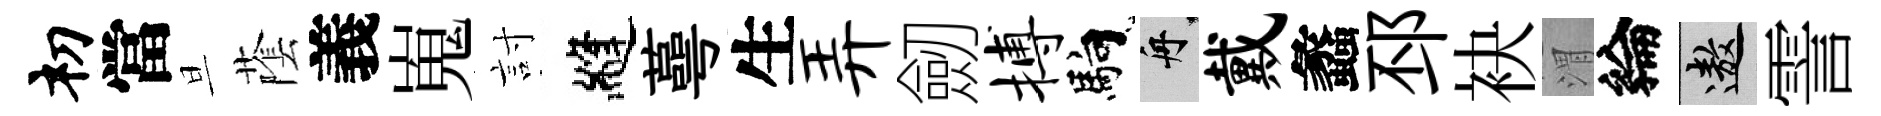
𥘉當旦䕃義嵬討縫蕚生弄劒搏馿舟戴蠡邳袂渭綸遨霅